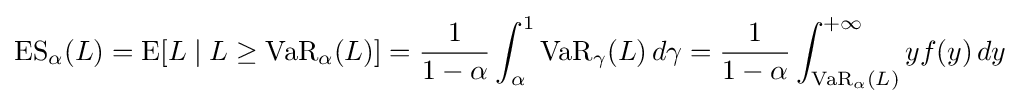
\operatorname {ES} _{\alpha }(L)=\operatorname {E} [L\mid L\geq \operatorname {VaR} _{\alpha }(L)]={\frac {1}{1-\alpha }}\int _{\alpha }^{1}\operatorname {VaR} _{\gamma }(L)\,d\gamma ={\frac {1}{1-\alpha }}\int _{\operatorname {VaR} _{\alpha }(L)}^{+\infty }yf(y)\,dy